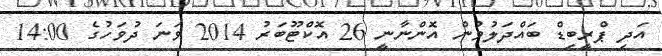
އަދި ޕްރީބިޑް ބައްދަލުވުން އޮންނާނީ 26 އޮކްޓޫބަރު 2014 ވަނަ ދުވަހުގެ 14:00